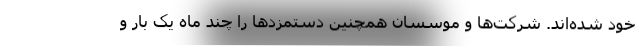
خود شده‌اند. شرکت‌ها و موسسان همچنین دستمزدها را چند ماه یک بار و